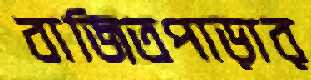
বাজিতপাড়ার